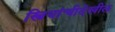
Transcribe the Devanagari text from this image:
स्त्रियांचीदेखील